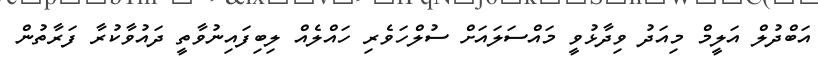
އަބްދުލް އަލީމް މިއަދު ވިދާޅުވީ މައްސަލައަށް ސުލްހަވެރި ހައްލެއް ލިބިފައިނުވާތީ ދައުވާކުރާ ފަރާތުން